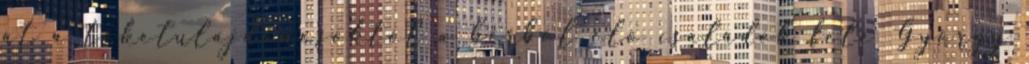
át a tőketulajdonosoktól a bérből élő családok felé György